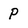
Character: P